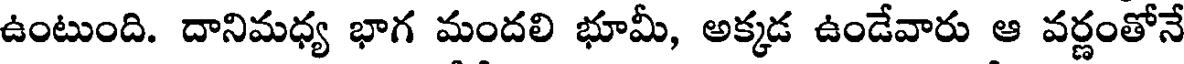
ఉంటుంది. దానిమధ్య భాగ మందలి భూమీ, అక్కడ ఉండేవారు ఆ వర్ణంతోనే